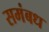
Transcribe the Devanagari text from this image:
समंबध